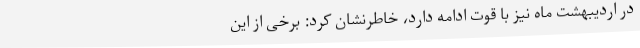
در اردیبهشت ماه نیز با قوت ادامه دارد، خاطرنشان کرد: برخی از این